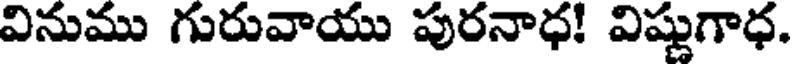
వినుము గురువాయు పురనాధ! విష్ణుగాధ.